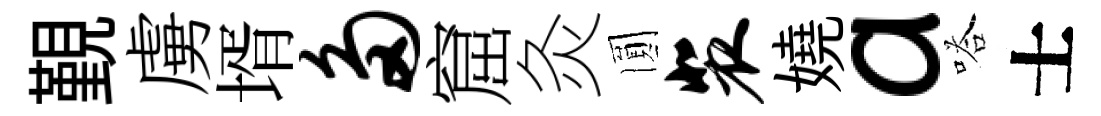
覲虜壻多窟灸圎裴嬈a嗒士